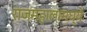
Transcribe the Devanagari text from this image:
राजमहालामध्ये